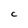
Character: C